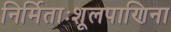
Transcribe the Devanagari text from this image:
निर्मिताःशूलपाणिना